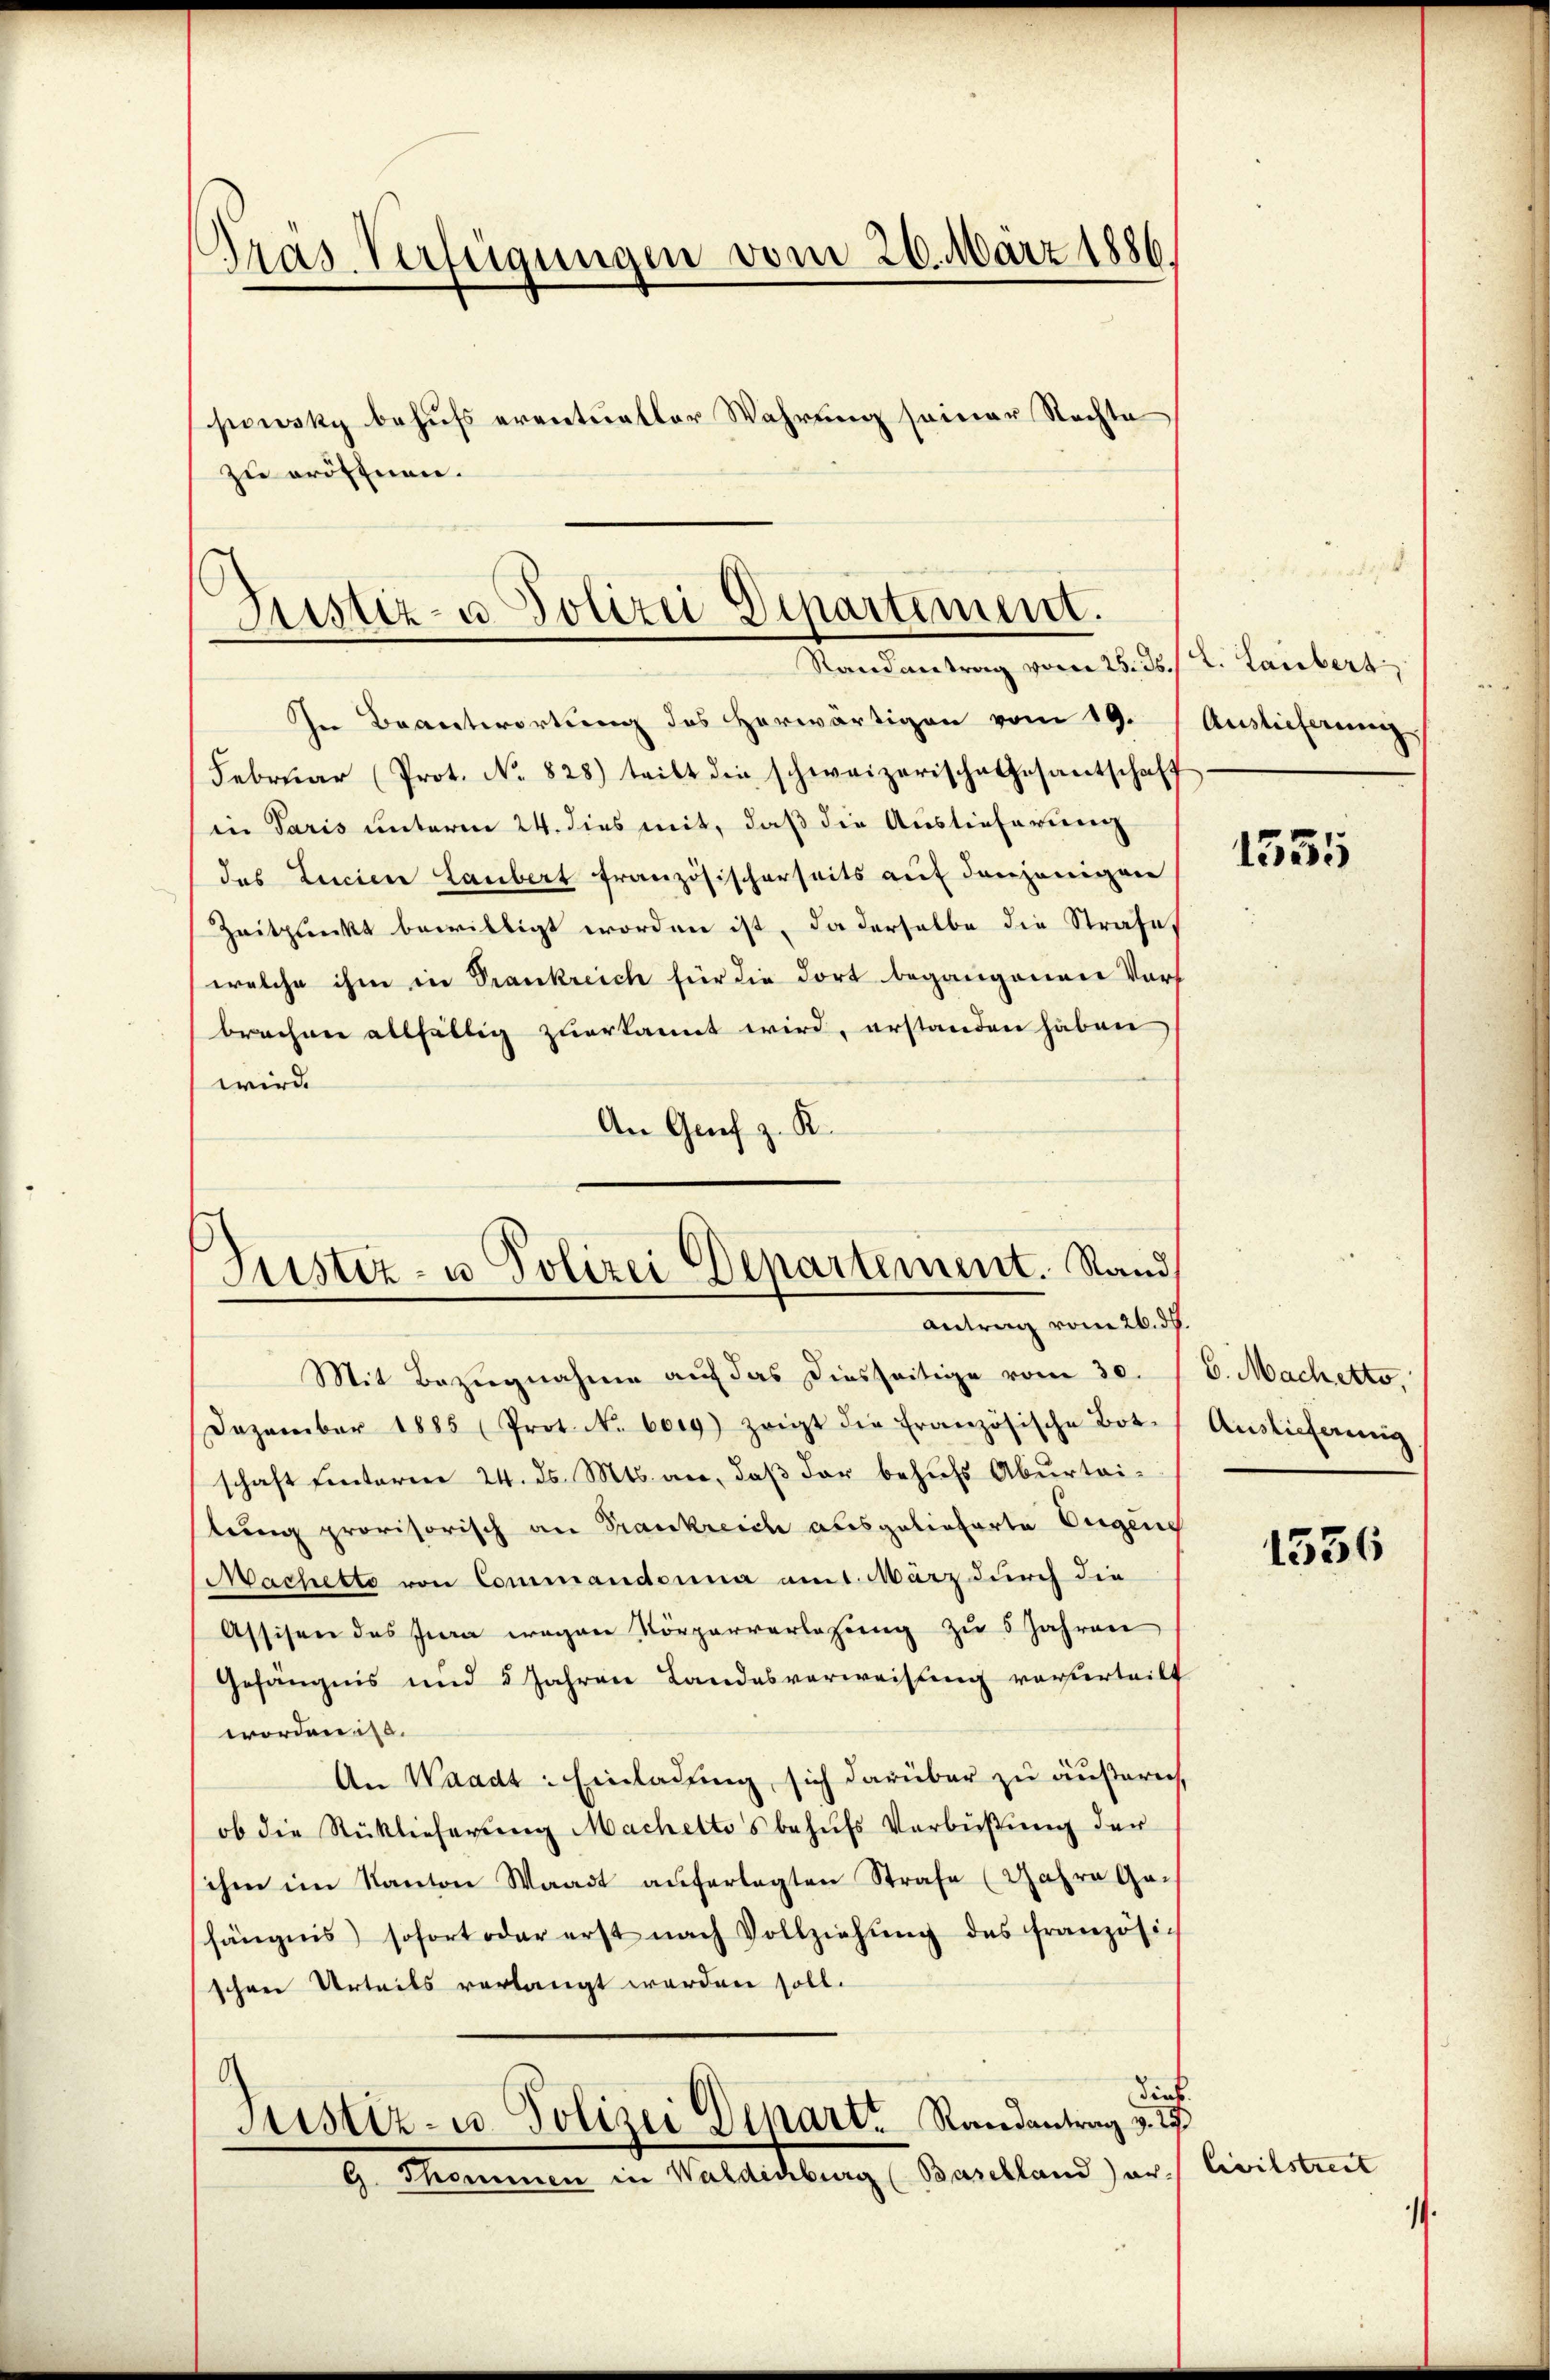
Gras Verfügungen vom 26. März 1886.
.
powsky behufs eventueller Wahrung seiner Rechte
zu eröffnen.

Justiz- u Polizei Departiment.
Randantrag vom 25. ds. 2. Laubert

In Beantwortung des herwärtigen vom 19. Auslieferung
Febrŭar (Prot. No. 828) teilt die schweizerische Gesantschaff
in Paris unterm 24. dies mit, daß die Auslieferung
das Licien Laubert französischerseits auf denjenigen
Zeitpunkt bewilligt worden ist, da derselbe die Strafe
welche ihm in Prankreich für die dort begangenen Vorf
brechen allfällig zuerkannt wird, erstanden haben
wird.
An Graf z. K.

Justiz- u Polizei Departement. Stand
Antrag vom 26. ds.

Mit Bezugnahme auf das diesseitige vom 30.
Dezember 1885 (Prot. N. borg) zeigt die französische Bot-
schaft fintoren 24. ds. Mts. an, daß der behufs Aburteistung provisorisch an Frankreich ausgelieferte Eigene
Machette von Commanderna am 1. März durch die
Assisen des Jura wegen Körperverlesung zu 5 Jahren
Gefängnis und 2 Jahren Landesverweisung verurteilf
worden.
An Waadt: Einladung, sich darüber zu äußern,
ob die Rücklieferung Machetto's behufs Verbüßung der
ihm im Kanton Waadt auferlegten Strafe (Jahre Geis
hängnis sofort oder erst nach Vollziehŭng des französi-
schen Urteils verlangt werden soll.
O
dieb.
Justiz- u. Polizei Depart Randantrag v. 27
G. Thommen in Waldechburg (Baselland) er-

1535

6. Machette.
Auslieferung

1536

Civilstreit